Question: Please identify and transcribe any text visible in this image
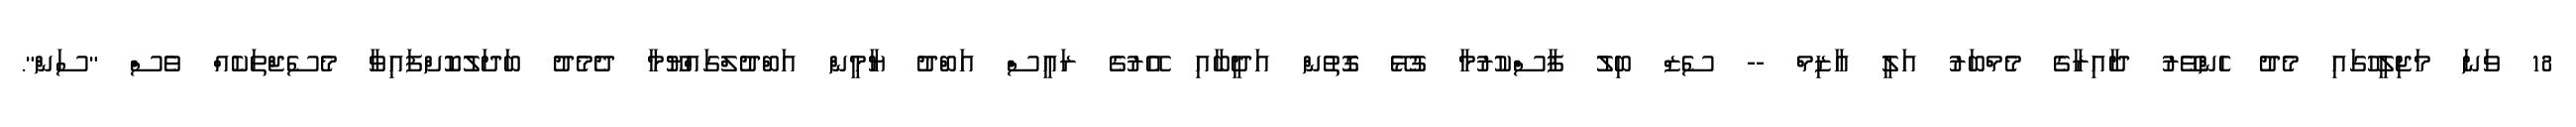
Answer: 18 ވަނަ މަޖިލީހުގައި މެދު ހެންވޭރު ދާއިރާގެ މެމްބަރު އަލީ އާޒިމް -- ސެޒް ބިލު ފާސްކުރުމާ ގުޅޭ ގޮތުން އަދީބާއި އޭރުގެ ރައީސް އަބްދު ޔާމީން އަބްދުލްގައްޔޫމާ ދެމެދު ބަދަލުކޮށްފައިވާ މެސެޖްތަކެއް ވެސް "ސަން".